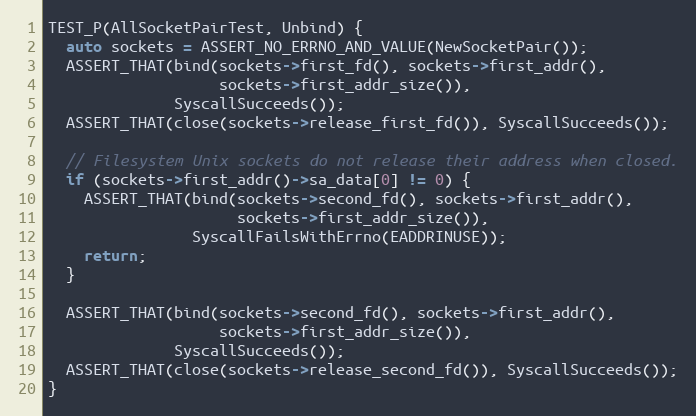
Language: C++
TEST_P(AllSocketPairTest, Unbind) {
  auto sockets = ASSERT_NO_ERRNO_AND_VALUE(NewSocketPair());
  ASSERT_THAT(bind(sockets->first_fd(), sockets->first_addr(),
                   sockets->first_addr_size()),
              SyscallSucceeds());
  ASSERT_THAT(close(sockets->release_first_fd()), SyscallSucceeds());

  // Filesystem Unix sockets do not release their address when closed.
  if (sockets->first_addr()->sa_data[0] != 0) {
    ASSERT_THAT(bind(sockets->second_fd(), sockets->first_addr(),
                     sockets->first_addr_size()),
                SyscallFailsWithErrno(EADDRINUSE));
    return;
  }

  ASSERT_THAT(bind(sockets->second_fd(), sockets->first_addr(),
                   sockets->first_addr_size()),
              SyscallSucceeds());
  ASSERT_THAT(close(sockets->release_second_fd()), SyscallSucceeds());
}